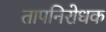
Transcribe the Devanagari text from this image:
तापनिरोधक